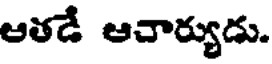
ఆతడే ఆచార్యుడు.